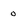
Character: 0